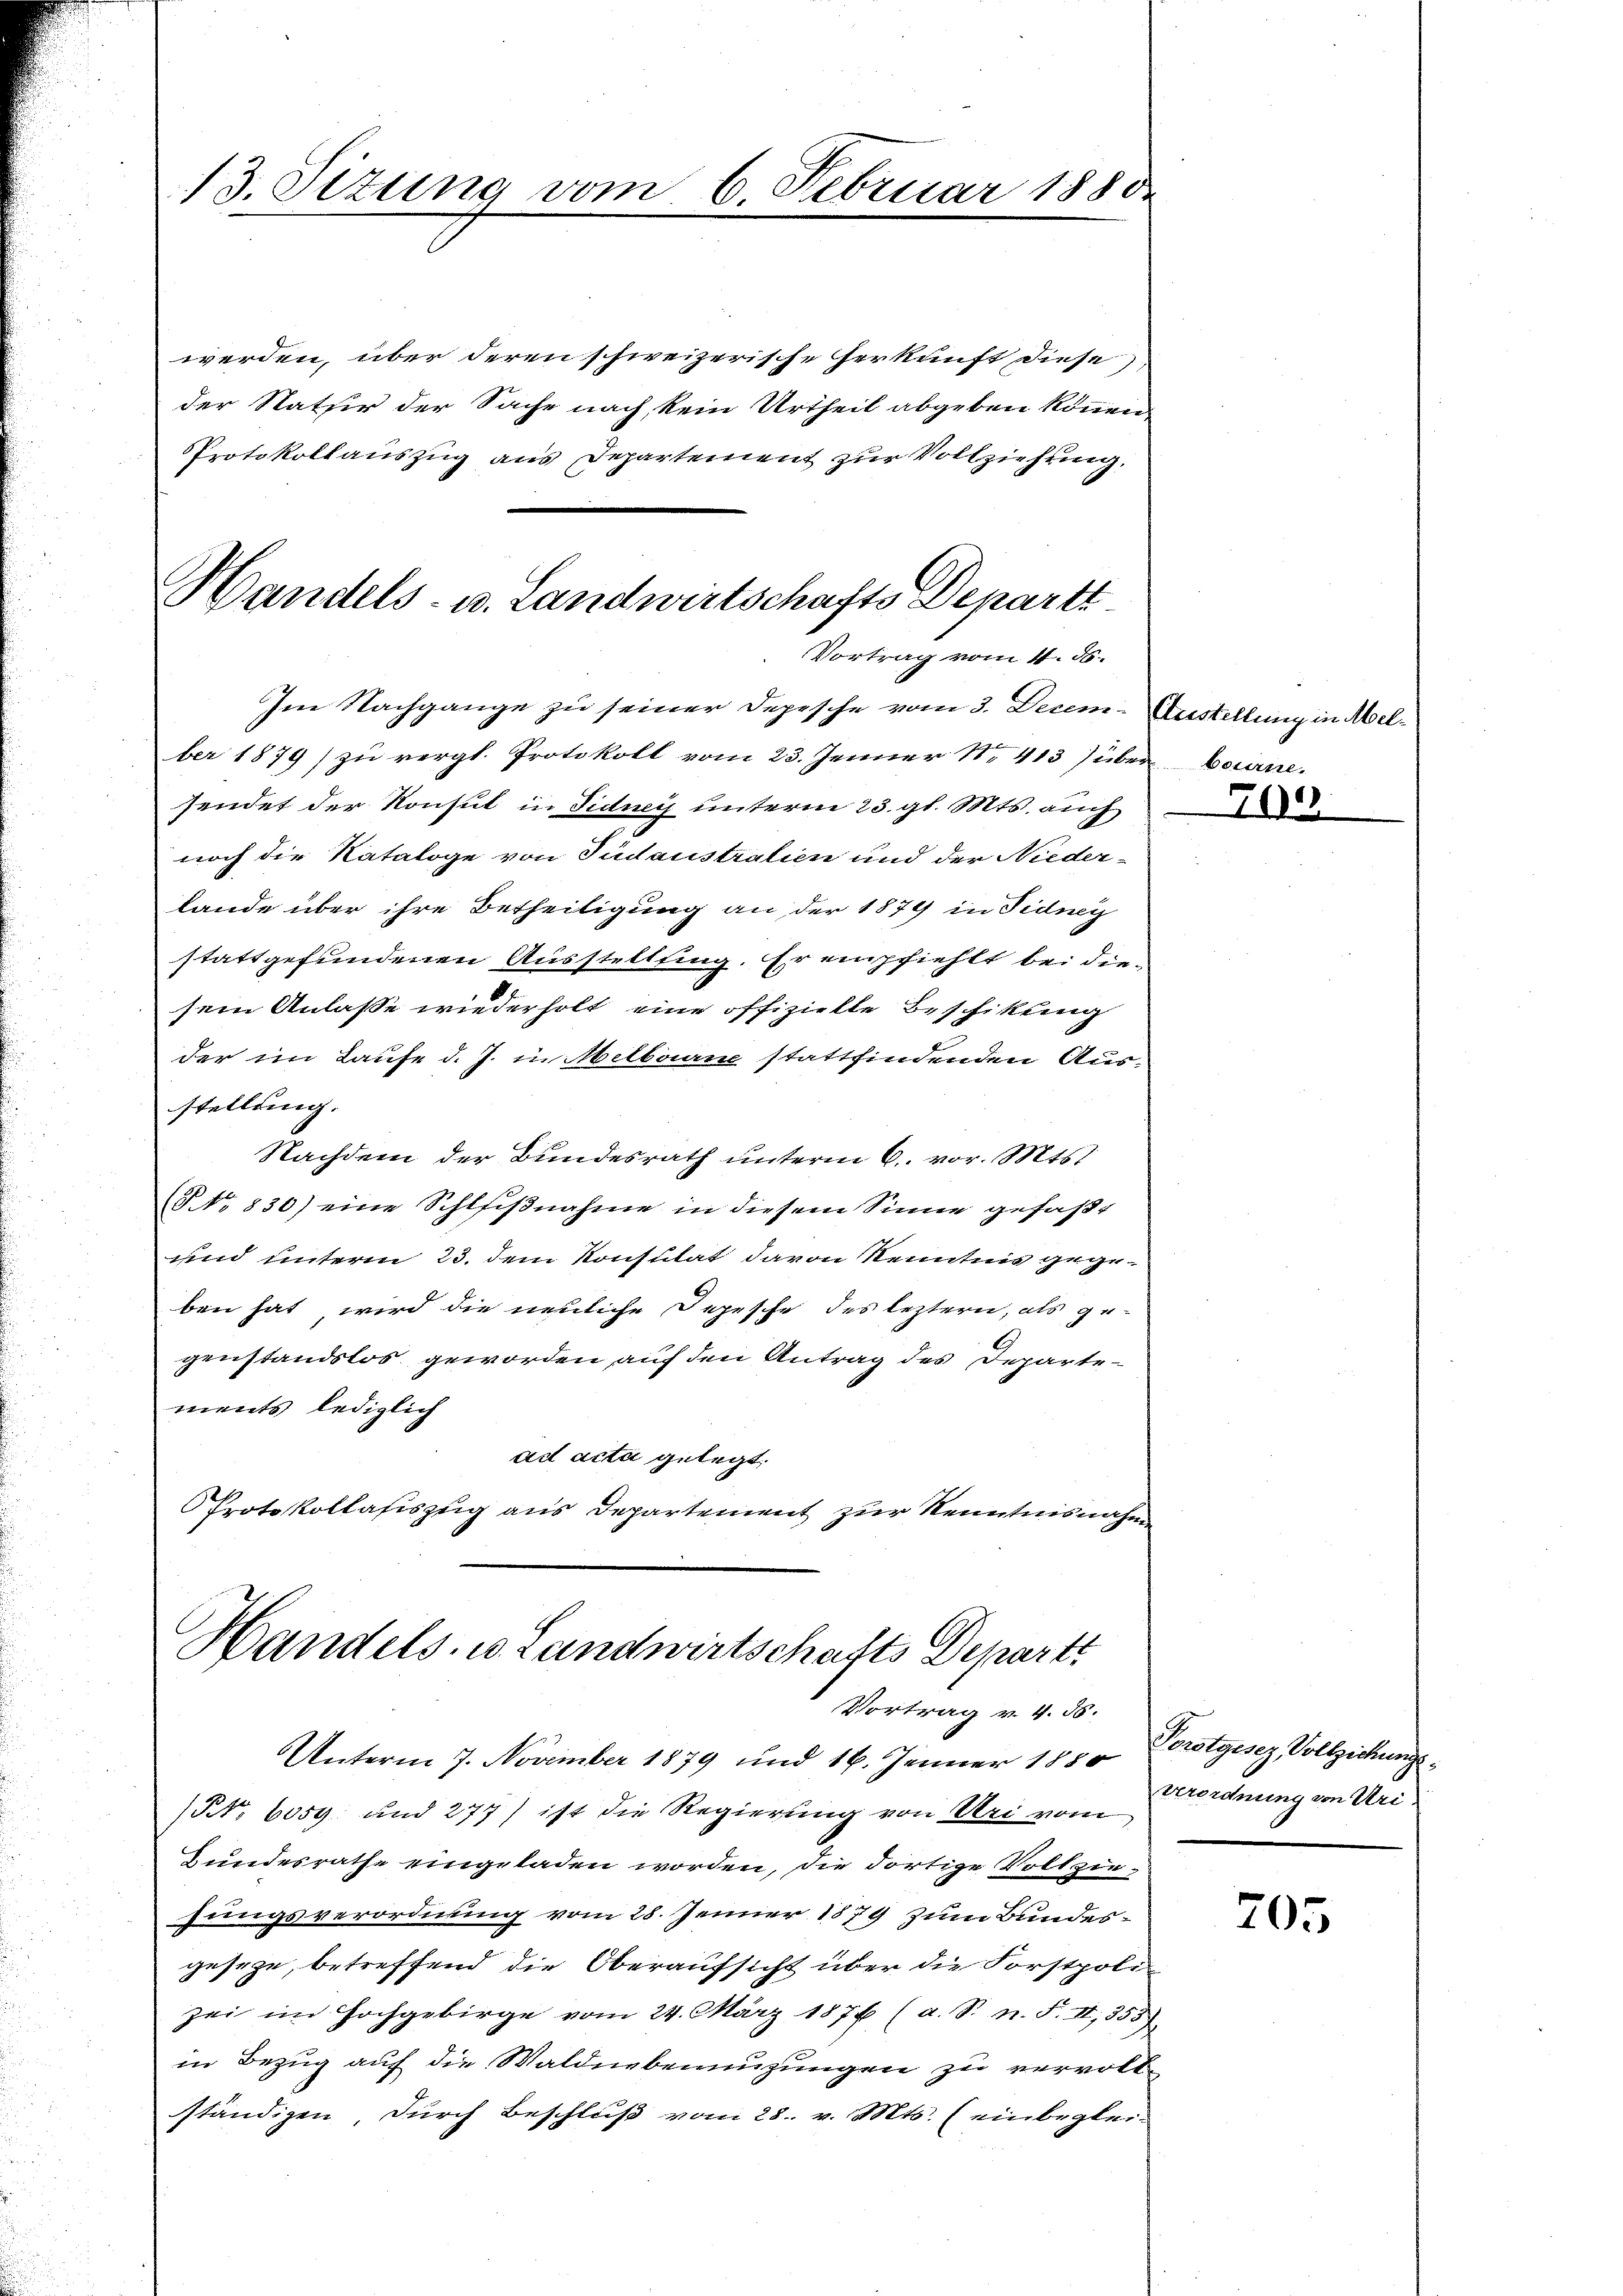
13. Sizung vom 6. Februar 1880.

Vortrag vom 11. d.

werden, über deren schweizerische Herkunft diese
der Natsir der Sache nach, kein Urtheil abgeben können,
Protokollauszug aus Departement zur Vollziehung.
Handels- u. Landwirtschafts Departt

Im Nachgange zu seiner Depesche vom 3. Decem-Austellung in Melber 1879) zu vergl. Protokoll vom 23. Jenner 1. 413 über Bauinsendet der Konsul in Fidney unterm 23. gl. Mts. auch
noch die Kataloge von Sudaustralien und der Niederlande über ihre Betheiligung an der 1879 in Fidney
stattgefundenen Ausstellfing. Er empfiehlt bei die-
sein Anlasse wiederholt eine offizielle Beschikling
der im Laufe d. J. in Melborne stattfindenden Aus-
stellung.
Nachdem der Bundesrath unterm 6. vor. Mts.
(No 830) eine Schlfiβnahme in diesem Sinne gefaβt
und unterm 23. dem Konsulat davon Kenntnis gegeben hat wird die neuliche Depesche des leztern, als ge-
genstandslos geworden, auf den Antrag des Departements, lediglich
ad acta gelegt.
Protokollasiszug aus Departement zur Kenntnisnahme

Handels- u. Landwirtschafts Depart
Vortrag v. 4. 56.

Unterm 7. November 1879 und 16. Jenner 1880
NNo. 6059 und 277) ist die Regierung von Uri vom
Bundesrathe eingeladen worden, die dortige Vollziejungsverordnung vom 28. Jenner 1879 zum Bundesgeseze, betreffend die Oberaufsicht über die Forstpolizei im Hochgebirge vom 24. März 1876 (a. S. n. F. II, 355)
in Bezug auf die Waldnebenenzungen zu vervollständigen, durch Beschluß vom 28. v. Mts. (einbeglei¬

70

Perotgesez, Vollziehungsverordnung in Uri¬

205